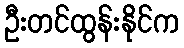
ဦးတင်ထွန်းနိုင်က